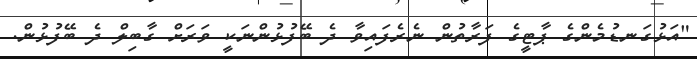
"އަޅުގަނޑުމެންގެ ޕާޓީގެ ފަރާތުން ނެރެފައިވާ ދެ ބޭފުޅުންނަކީ ވަރަށް ގާބިލް ދެ ބޭފުޅުން.